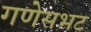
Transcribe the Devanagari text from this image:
गणेसभट